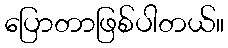
ပြောတာဖြစ်ပါတယ်။